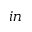
i n